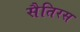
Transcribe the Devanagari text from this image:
सैतिरस